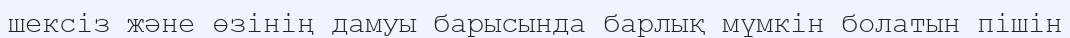
шексіз және өзінің дамуы барысында барлық мүмкін болатын пішін